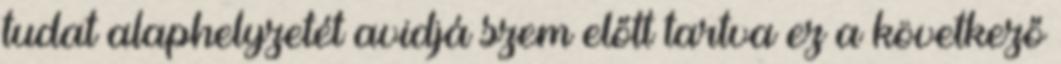
tudat alaphelyzetét avidjá szem előtt tartva ez a következő